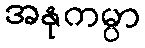
အနုကမ္ပာ